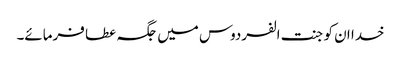
خدا ان کو جنت الفردوس میں جگہ عطا فرمائے۔